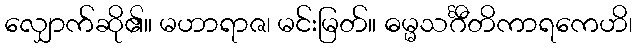
လျှောက်ဆို၏။ မဟာရာဇ၊ မင်းမြတ်။ ဓမ္မသင်္ဂီတိကာရကေဟိ၊